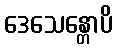
ဒေသေန္တောပိ